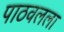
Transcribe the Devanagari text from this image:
पाठवलला